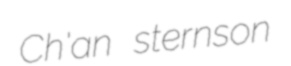
Ch'an sternson